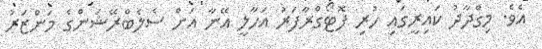
އެވެ. މިގްދާދު ކައިރީގައި ހުރި ފޮޓޯގްރާފަރު އަހާލީ އޭނާ އަށް ސެލެބްރޭޝަންގެ މަންޒަރު